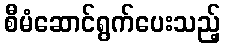
စီမံဆောင်ရွက်ပေးသည့်